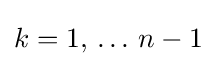
k=1,\,\dots \,n-1